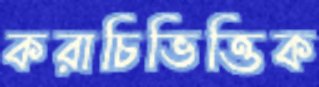
করাচিভিত্তিক